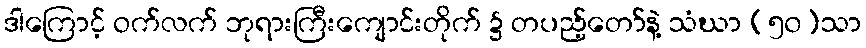
ဒါကြောင့် ဝက်လက် ဘုရားကြီးကျောင်းတိုက် ၌ တပည့်တော်နဲ့ သံဃာ (၅၀)သာ